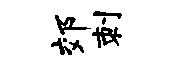
郊刺